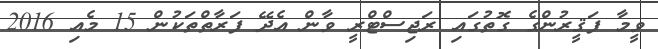
ވީމާ ފަޤީރުންގެ ގޮތުގައި ރަޖިސްޓްރީ ވާން އެދޭ ފަރާތްތަކުން 15 މެއި 2016